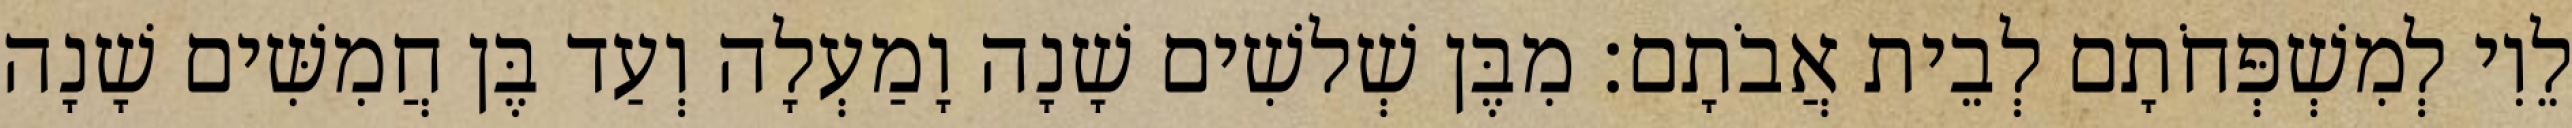
לֵוִי לְמִשְׁפְּחֹתָם לְבֵית אֲבֹתָם׃ מִבֶּן שְׁלשִׁים שָׁנָה וָמַעְלָה וְעַד בֶּן חֲמִשִּׁים שָׁנָה